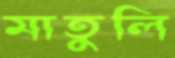
মাতুলি